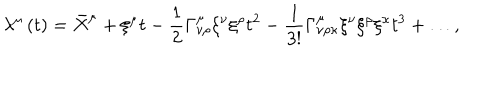
LaTeX: \lambda ^ { \mu } \left( t \right) = \bar { X } ^ { \mu } + \xi ^ { \mu } t - \frac { 1 } { 2 } \Gamma _ { \nu \rho } ^ { \mu } \xi ^ { \nu } \xi ^ { \rho } t ^ { 2 } - \frac { 1 } { 3 ! } \Gamma _ { \nu \rho \kappa } ^ { \mu } \xi ^ { \nu } \xi ^ { \rho } \xi ^ { \kappa } t ^ { 3 } + \ldots ,